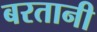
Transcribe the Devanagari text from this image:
बरतानी